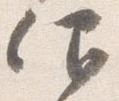
仰